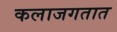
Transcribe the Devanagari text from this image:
कलाजगतात